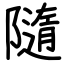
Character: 隨